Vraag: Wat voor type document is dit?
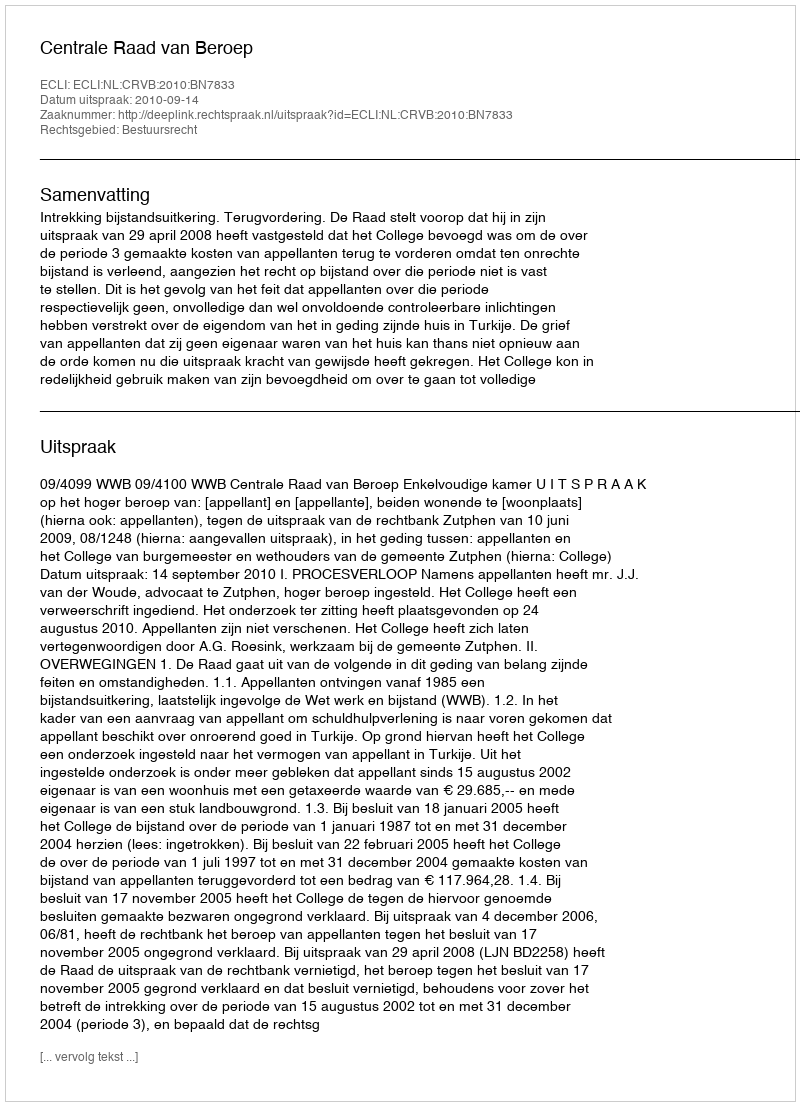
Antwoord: Uitspraak